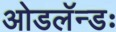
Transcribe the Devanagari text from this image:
ओडलॅन्डः